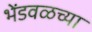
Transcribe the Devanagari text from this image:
भेंडवळच्या